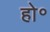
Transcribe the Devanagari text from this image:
हो॰